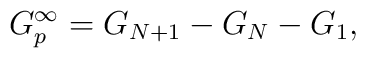
G_p^{\infty} =G_{N+1}-G_N-G_1,